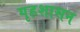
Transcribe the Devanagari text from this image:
गृहशासन